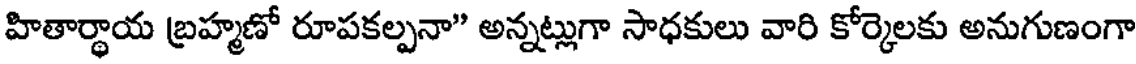
హితార్థాయ బ్రహ్మణో రూపకల్పనా" అన్నట్లుగా సాధకులు వారి కోర్కెలకు అనుగుణంగా